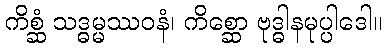
ကိစ္ဆံ သဒ္ဓမ္မဿဝနံ၊ ကိစ္ဆော ဗုဒ္ဓါနမုပ္ပါဒေါ။